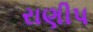
રાણીપ